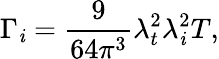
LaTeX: \Gamma_{\mathit{i}}=\frac{{9}}{{64\pi^{3}}}\lambda_{t}^{2}\lambda_{\mathit{i}}^{2}T,